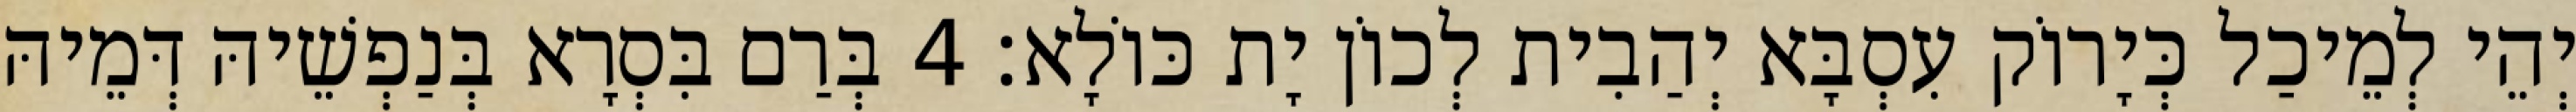
יְהֵי לְמֵיכַל כְּיָרוֹק עִסְבָּא יְהַבִית לְכוֹן יָת כּוֹלָא׃ 4 בְּרַם בִּסְרָא בְּנַפְשֵׁיהּ דְּמֵיהּ